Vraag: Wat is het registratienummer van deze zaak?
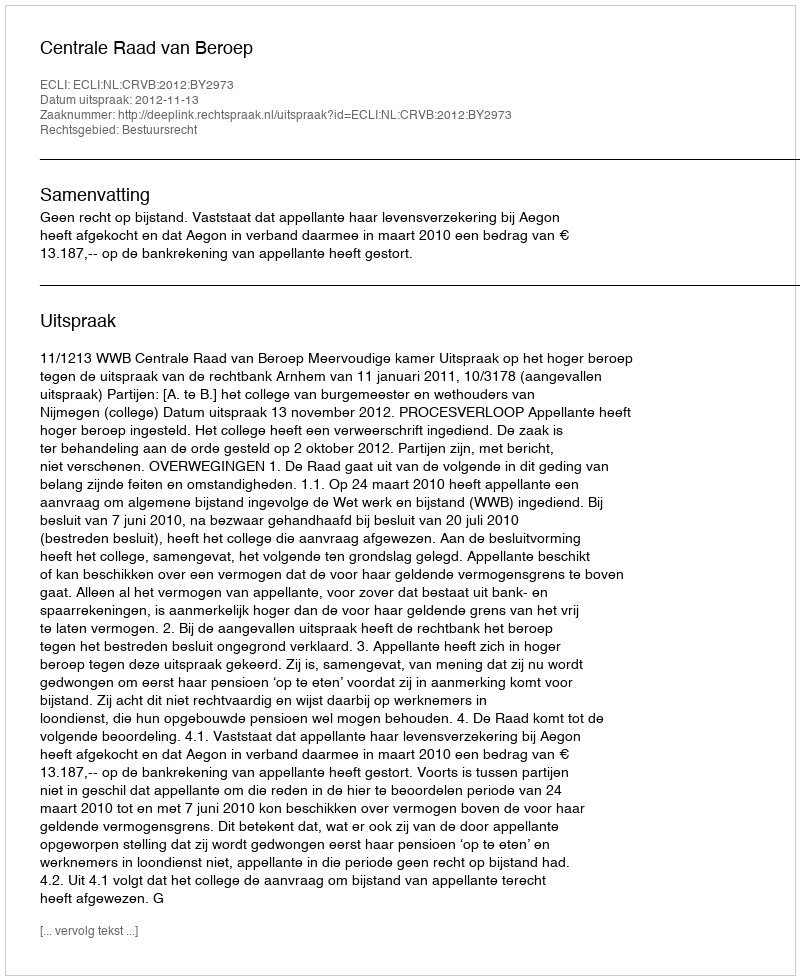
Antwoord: http://deeplink.rechtspraak.nl/uitspraak?id=ECLI:NL:CRVB:2012:BY2973